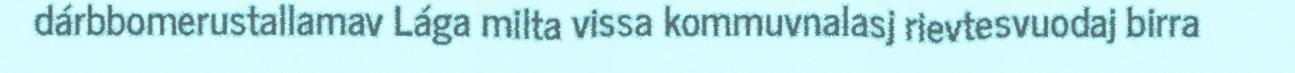
dárbbomerustallamav Lága milta vissa kommuvnalasj rievtesvuodaj birra